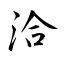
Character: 洽